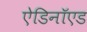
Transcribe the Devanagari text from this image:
ऐडिनॉएड